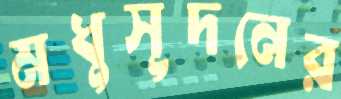
মধুসূদনের